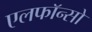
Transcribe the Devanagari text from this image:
एलफाॅन्सो